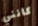
كانني